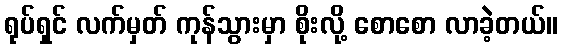
ရုပ်ရှင် လက်မှတ် ကုန်သွားမှာ စိုးလို့ စောစော လာခဲ့တယ်။